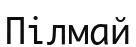
Пілмай